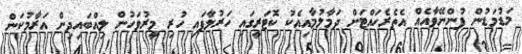
މަޑުމަޑުން ފުންނޭވާއެއް އެތެރެހައްޓަށް ދަމާލުމާއިއެކު ކޮޓަރީގައި ހަރުލާފައި ހުރި މީރުވަހުން ލިއްބައިދިން އަރާމުކަން